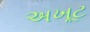
અખૂટ